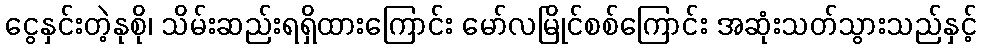
ငွေနှင်းတဲ့နုစို၊ သိမ်းဆည်းရရှိထားကြောင်း မော်လမြိုင်စစ်ကြောင်း အဆုံးသတ်သွားသည်နှင့်